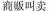
商贩叫卖